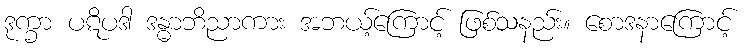
ဒုက္ခာ ပဋိပဒါ ဒန္ဓာဘိညာကား အဘယ့်ကြောင့် ဖြစ်သနည်း။ စောဒနာကြောင့်